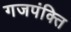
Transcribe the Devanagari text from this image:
गजपंक्ति